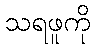
သရဖူကို